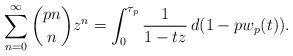
LaTeX: \begin{align*}\sum_{n=0}^\infty \binom{pn}n z^n = \int_0^{\tau_p} \frac1{1-tz} \,d(1-pw_p(t)).\end{align*}